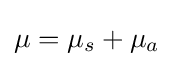
\mu =\mu _{s}+\mu _{a}